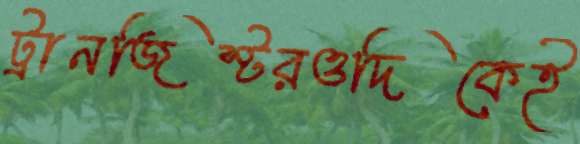
ট্রানজিস্টরওদিকেই